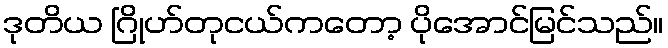
ဒုတိယ ဂြိုဟ်တုငယ်ကတော့ ပိုအောင်မြင်သည်။